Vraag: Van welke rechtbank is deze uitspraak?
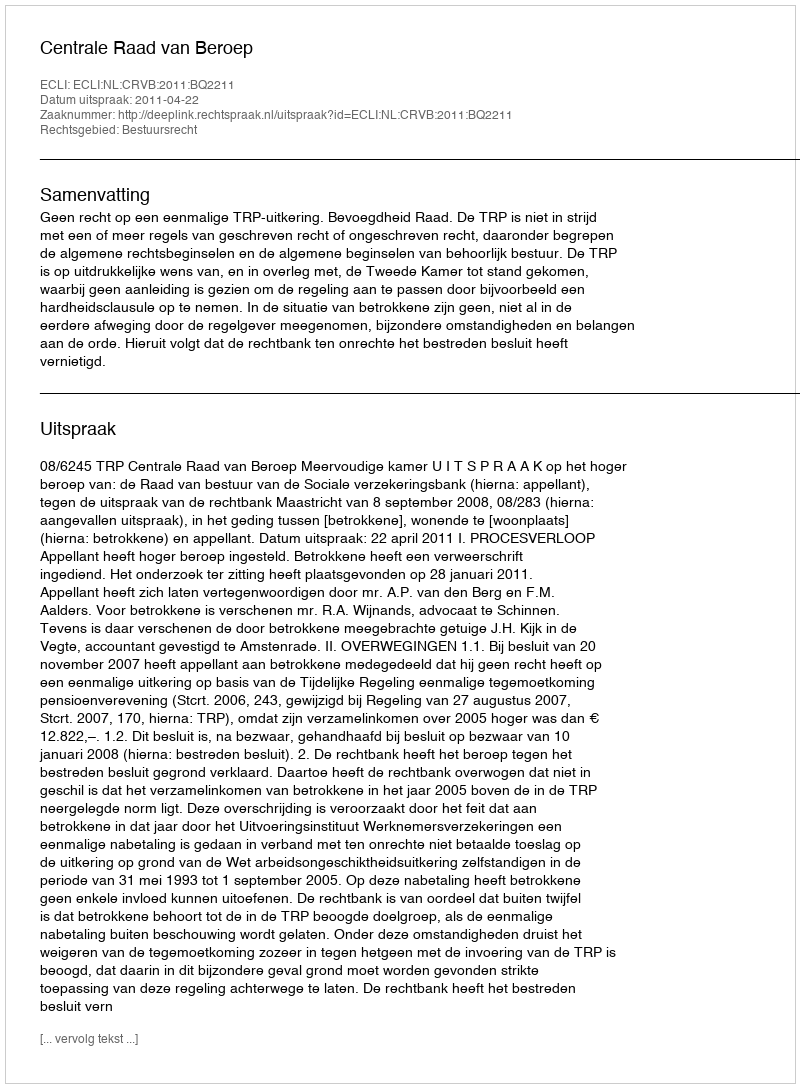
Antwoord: Centrale Raad van Beroep